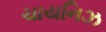
ચાયનિઝ